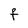
Character: F